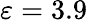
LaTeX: \varepsilon=3.9